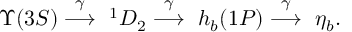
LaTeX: \Upsilon ( 3 S ) \stackrel { \gamma } { \longrightarrow } ~ ^ { 1 } D _ { 2 } \stackrel { \gamma } { \longrightarrow } ~ h _ { b } ( 1 P ) \stackrel { \gamma } { \longrightarrow } ~ \eta _ { b } .